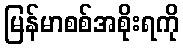
မြန်မာစစ်အစိုးရကို